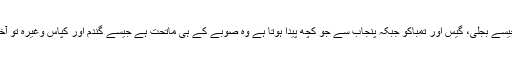
خیبر پختونخواہ سے پیدا ہونے والی تمام اشیاء وفاق کے زیر انتظام ہیں جیسے بجلی، گیس اور تمباکو جبکہ پنجاب سے جو کچھ پیدا ہوتا ہے وہ صوبے کے ہی ماتحت ہے جیسے گندم اور کپاس وغیرہ تو آخر کیوں خیبر پختونخواہ کے ساتھ سوتیلی ماں جیسا سلوک کیا جا رہا ہے۔